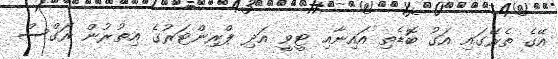
އޭގެ ތެރޭގައި އަގު ބޮޑެތި އައިނާއި ޓީވީ އަދި ޕްރިންޓަރުގެ އިތުރުން ރަގްސް